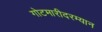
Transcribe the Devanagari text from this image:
गोटमारीदरम्यान